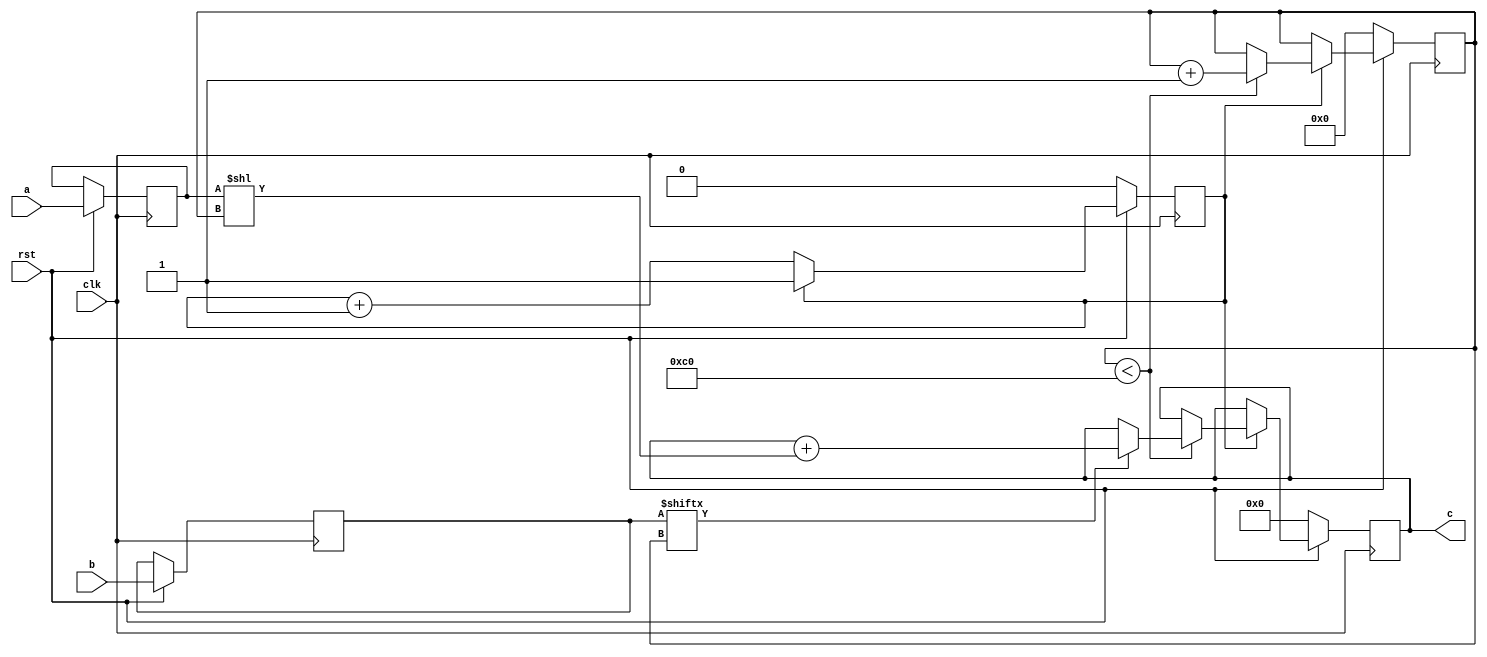
// TalTech large integer multiplier library
// Multiplier type: schoolbook
// Parameters: 192 192 2
// Target tool: genus
module schoolbook(clk, rst, a, b, c);
input clk;
input rst;
input [191:0] a;
input [191:0] b;
output reg [383:0] c;

reg [191:0] a_temp_1;
reg [191:0] b_temp_1;

reg  [7:0] count;
reg skip;

always @(posedge clk) begin
	if (rst == 1'b0) begin
		c <= 384'd0;
		count <= 8'd0;
		skip <= 1'd0;
	end
	else begin
		a_temp_1 <= a;
		b_temp_1 <= b;
		if (skip != 1) skip <= skip + 1;
		else begin
			if (count < 192) begin
				if (b_temp_1[count] == 1) begin
					c <= c + (a_temp_1 << count);
				end
				count <= count + 1;
			end
		end
	end
end
endmodule